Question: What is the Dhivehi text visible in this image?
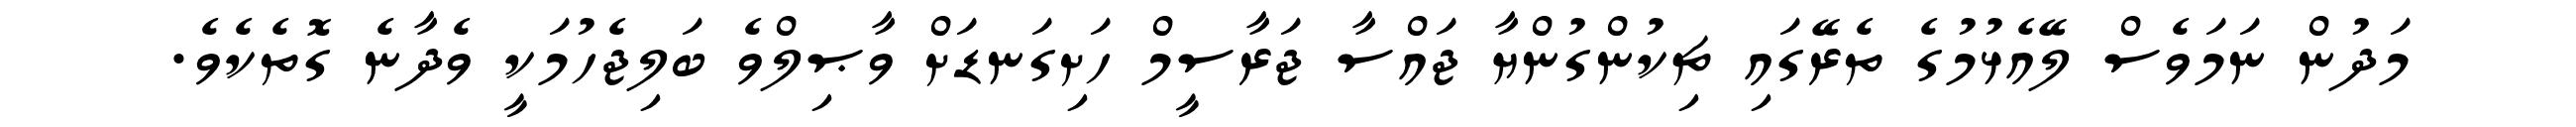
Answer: މަދުން ނަމަވެސް ލޭއެޅުމުގެ ތެރޭގައި ޗިކުންގުންޔާ ޖައްސާ ޖަރާސީމް ހަށިގަނޑަށް ވާޞިލްވެ ބަލިޖެހުމަކީ ވެދާނެ ގޮތެކެވެ.